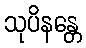
သုပိနန္တေ